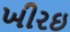
ખીરઇ